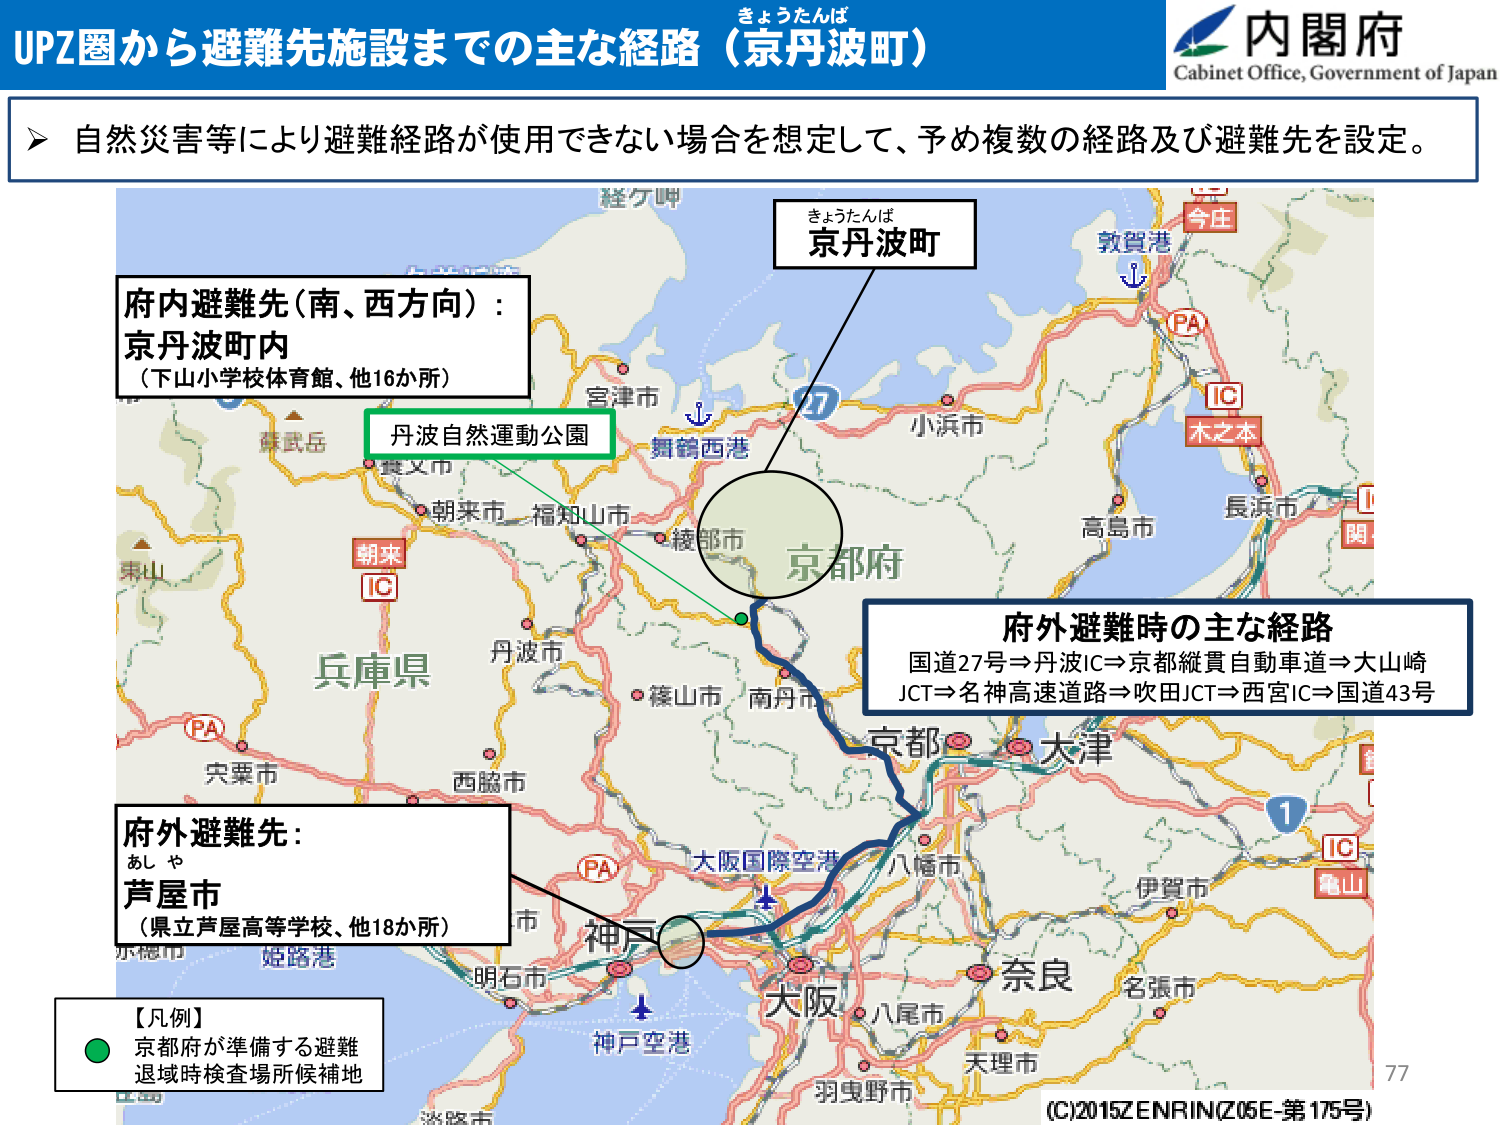
きょうたんば
UPZ圏から避難先施設までの主な経路（京丹波町）
内閣府
Cabinet Office, Government of Japan
自然災害等により避難経路が使用できない場合を想定して、予め複数の経路及び避難先を設定。
きょうたんば
京丹波町
府内避難先（南、西方向）：
京丹波町内
（下山小学校体育館、他16か所）
丹波自然運動公園
舞鶴西港
宮津市
小浜市
敦賀港
PA
IC
木之本
今庄
長浜市
関
高島市
京都府
兵庫県
朝来
IC
丹波市
綾部市
篠山市
南丹市
府外避難時の主な経路
国道27号⇒丹波IC⇒京都縦貫自動車道⇒大山崎
JCT⇒名神高速道路⇒吹田JCT⇒西宮IC⇒国道43号
京都
大津
大阪国際空港
八幡市
伊賀市
IC
亀山
府外避難先：
あしゃ
芦屋市
（県立芦屋高等学校、他18か所）
神戸
姫路港
明石市
神戸空港
大阪
八尾市
奈良
名張市
天理市
羽曳野市
【凡例】
● 京都府が準備する避難
退域時検査場所候補地
77
(C)2015 ZENRIN (Z05E-第175号)